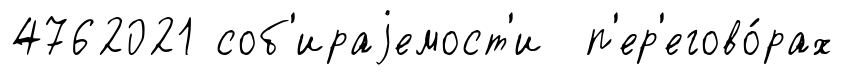
4762021 соб'ираjемост'и п'ер'егово́рах